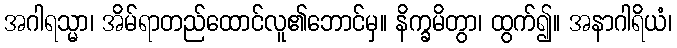
အဂါရသ္မာ၊ အိမ်ရာတည်ထောင်လူ၏ဘောင်မှ။ နိက္ခမိတွာ၊ ထွက်၍။ အနာဂါရိယံ၊